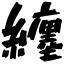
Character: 纏